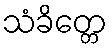
သံခိတ္တေ